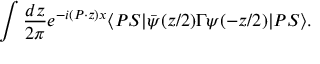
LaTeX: \int \frac { d z } { 2 \pi } e ^ { - i ( P \cdot z ) x } \langle P S | \bar { \psi } ( z / 2 ) \Gamma \psi ( - z / 2 ) | P S \rangle .